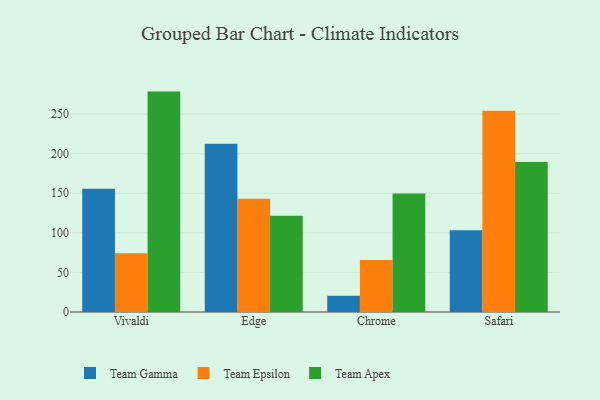
{"axis": {"x": "Browser", "y": "Revenue (USD Million)"}, "legend": ["Team Apex", "Team Epsilon", "Team Gamma"], "data": [{"x": "Vivaldi", "y": 155.7, "type": "Team Gamma"}, {"x": "Vivaldi", "y": 74.3, "type": "Team Epsilon"}, {"x": "Vivaldi", "y": 278.4, "type": "Team Apex"}, {"x": "Edge", "y": 212.4, "type": "Team Gamma"}, {"x": "Edge", "y": 143.0, "type": "Team Epsilon"}, {"x": "Edge", "y": 121.7, "type": "Team Apex"}, {"x": "Chrome", "y": 20.6, "type": "Team Gamma"}, {"x": "Chrome", "y": 65.8, "type": "Team Epsilon"}, {"x": "Chrome", "y": 149.7, "type": "Team Apex"}, {"x": "Safari", "y": 103.4, "type": "Team Gamma"}, {"x": "Safari", "y": 254.1, "type": "Team Epsilon"}, {"x": "Safari", "y": 189.4, "type": "Team Apex"}]}